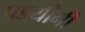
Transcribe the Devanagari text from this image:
पडयीनी